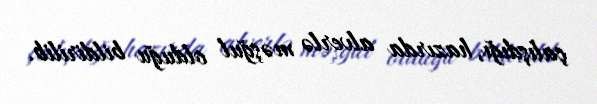
çalışdığı, hazırda alverlə məşğul olduğu bildirilib.